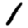
Digit: 1